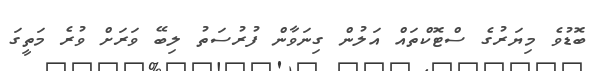
ބޮޑުވެ މިޔަރުގެ ސްޓޮކްތައް އަލުން ގިނަވާން ފުރުސަތު ލިބޭ ވަރަށް ވުރެ މަތީގަ